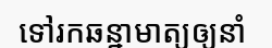
ទៅរកឆន្នាមាត្យឲ្យនាំ